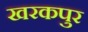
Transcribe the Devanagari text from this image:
खरकपुर